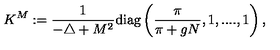
K ^ { M } : = \frac { 1 } { - \triangle + M ^ { 2 } } \mathrm { d i a g } \left( \frac { \pi } { \pi + g N } , 1 , . . . . , 1 \right) ,